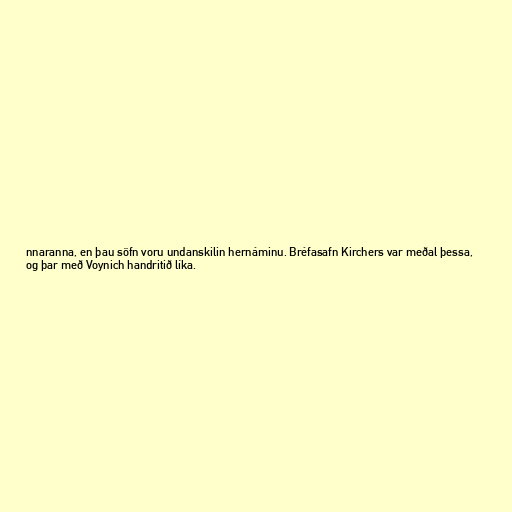
nnaranna, en þau söfn voru undanskilin hernáminu. Bréfasafn Kirchers var meðal þessa,
og þar með Voynich handritið líka.